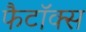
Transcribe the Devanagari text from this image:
फैटॉक्स